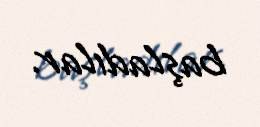
başladılar.